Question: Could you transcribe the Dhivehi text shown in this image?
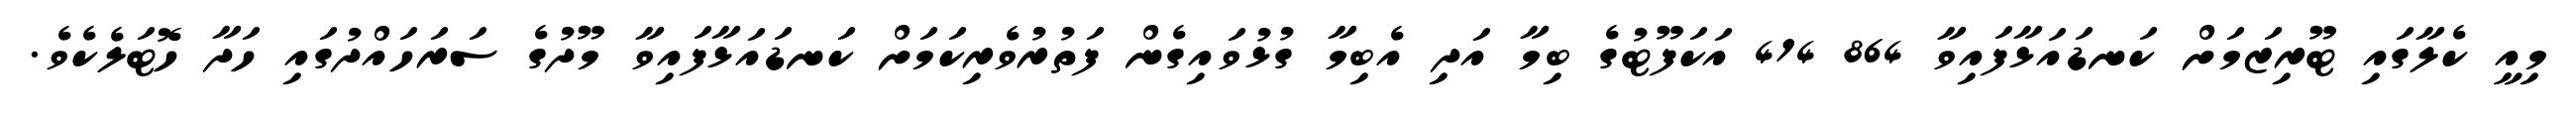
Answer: މިއީ ކެލާގައި ޓޫރިޒަމަށް ކަނޑައަޅާފައިވާ 864 414 އަކަފޫޓުގެ ބިމާ އަދި އެބިމާ ގުޅުވައިގެން ފަތުރުވެރިކަމަށް ކަނޑައަޅާފައިވާ މޫދުގެ ސަރަހައްދުގައި ހަދާ ހޮޓަލެކެވެ.